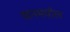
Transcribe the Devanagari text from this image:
षानमधील